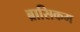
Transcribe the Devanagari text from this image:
ब्रासिकम